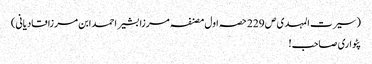
(سیرت المہدی ص 229 حصہ اول مصنفہ مرزا بشیر احمد ابن مرزا قادیانی)
پٹواری صاحب!